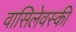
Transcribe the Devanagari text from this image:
वासिलेवस्की